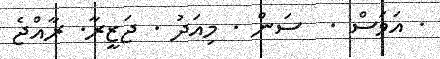
. އަވަސް .  ސަން . މިއަދު . ޖަޒީރާ. ރާއްޖެ